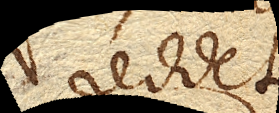
reddet